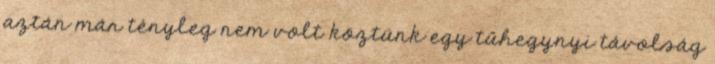
aztán már tényleg nem volt köztünk egy tűhegynyi távolság